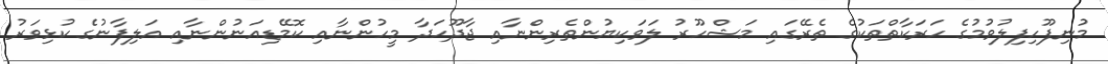
މުނިފޫހިފިލުވުމުގެ ހަރަކާތްތަކުގެ ތެރޭގައި މަޝްހޫރު ލަވަކިޔުންތެރިންނާއި ޖާދޫހަދާ މީހުންނާއި ކޮމޭޑިއަނުންނާއި އަލިފާނުގެ ކުޅިވަރު